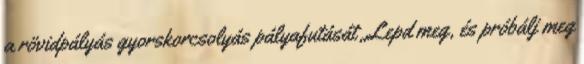
a rövidpályás gyorskorcsolyás pályafutását „Lepd meg, és próbálj meg